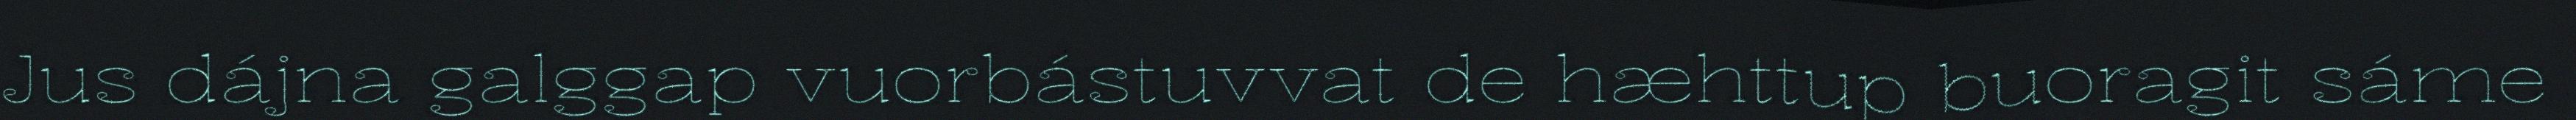
Jus dájna galggap vuorbástuvvat de hæhttup buoragit sáme